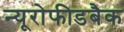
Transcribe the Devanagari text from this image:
न्यूरोफीडबैक